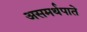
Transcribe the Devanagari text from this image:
असमर्थपाते